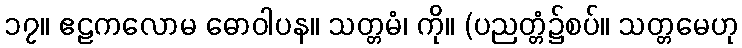
၁၇။ ဧဠကလောမ ဓောဝါပန။ သတ္တမံ၊ ကို။ (ပညတ္တံ၌စပ်။ သတ္တမေဟု